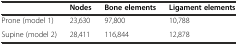
<table><thead><tr><td></td><td><b>Nodes</b></td><td><b>Bone elements</b></td><td><b>Ligament elements</b></td></tr></thead><tbody><tr><td>Prone (model 1)</td><td>23,630</td><td>97,800</td><td>10,788</td></tr><tr><td>Supine (model 2)</td><td>28,411</td><td>116,844</td><td>12,878</td></tr></tbody></table>